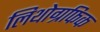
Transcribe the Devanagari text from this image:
लिथोग्रफिक